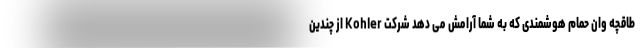
طاقچه وان حمام هوشمندی که به شما آرامش می دهد شرکت Kohler از چندین